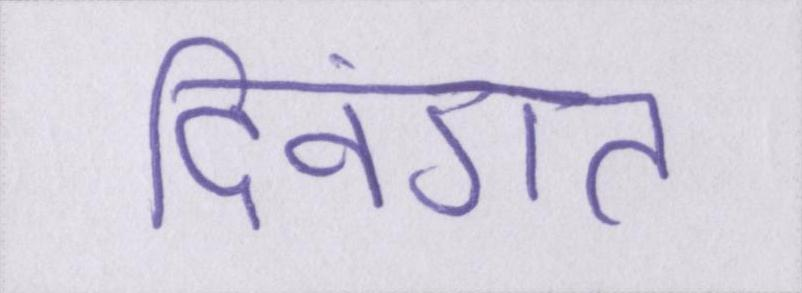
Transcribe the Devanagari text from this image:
दिवंगत